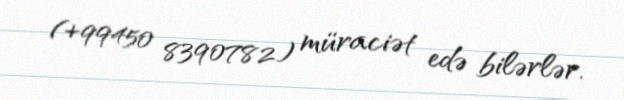
(+99450 8390782) müraciət edə bilərlər.